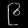
Digit: ၉